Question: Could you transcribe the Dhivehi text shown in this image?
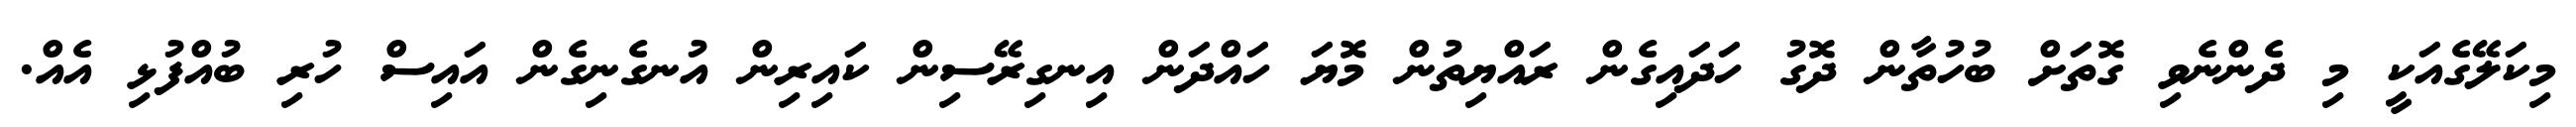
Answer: މިކަލޭގެއަކީ މި ދެންނެވި ގޮތަށް ބުހުތާން ދޮގު ހަދައިގެން ރައްޔިތުން މޮޔަ ހައްދަން އިނގިރޭސިން ކައިރިން އުނގެނިގެން އައިސް ހުރި ބުއްފުޅި އެއް.